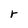
Character: r